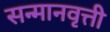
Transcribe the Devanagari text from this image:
सन्मानवृत्ती